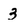
Character: 3